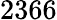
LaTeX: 2366